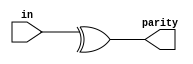
`default_nettype none
module top_module (
    input [7:0] in,
    output parity); 

    //parity check- reduction operators
    assign parity = ^in; 
        
endmodule